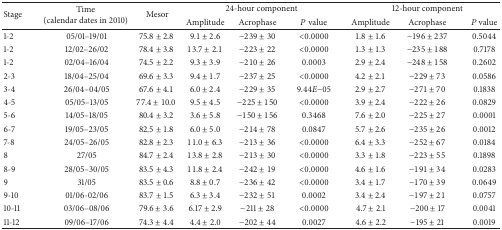
<table><thead><tr><td rowspan="2"><b>Stage</b></td><td rowspan="2"><b>Time (calendar dates in 2010)</b></td><td rowspan="2"><b>Mesor</b></td><td colspan="3"><b>24-hour component</b></td><td colspan="3"><b>12-hour component</b></td></tr><tr><td><b>Amplitude</b></td><td><b>Acrophase</b></td><td><b><i>P</i> value</b></td><td><b>Amplitude</b></td><td><b>Acrophase</b></td><td><b><i>P</i> value</b></td></tr></thead><tbody><tr><td>1-2 </td><td>05/01–19/01</td><td>75.8 ± 2.8</td><td>9.1 ± 2.6</td><td>−239 ± 30</td><td>&lt;0.0000 </td><td>1.8 ± 1.6</td><td>−196 ± 237</td><td>0.5044</td></tr><tr><td>1-2 </td><td>12/02–26/02</td><td>78.4 ± 3.8</td><td>13.7 ± 2.1</td><td>−223 ± 22</td><td>&lt;0.0000 </td><td>1.3 ± 1.3</td><td>−235 ± 188</td><td>0.7178</td></tr><tr><td>1-2 </td><td>02/04–16/04</td><td>74.5 ± 2.2</td><td>9.3 ± 3.9</td><td>−210 ± 26</td><td>0.0003</td><td>2.9 ± 2.4</td><td>−248 ± 158</td><td>0.2602</td></tr><tr><td>2-3 </td><td>18/04–25/04</td><td>69.6 ± 3.3</td><td>9.4 ± 1.7</td><td>−237 ± 25</td><td>&lt;0.0000 </td><td>4.2 ± 2.1</td><td>−229 ± 73</td><td>0.0586</td></tr><tr><td>3-4 </td><td>26/04–04/05</td><td>67.6 ± 4.1</td><td>6.0 ± 2.4</td><td>−229 ± 35</td><td>9.44<i>E</i>−05</td><td>2.9 ± 2.7</td><td>−271 ± 70</td><td>0.1838</td></tr><tr><td>4-5 </td><td>05/05–13/05</td><td>77.4 ± 10.0</td><td>9.5 ± 4.5</td><td>−225 ± 150</td><td>&lt;0.0000 </td><td>3.9 ± 2.4</td><td>−222 ± 26</td><td>0.0829</td></tr><tr><td>5-6 </td><td>14/05–18/05</td><td>80.4 ± 3.2</td><td>3.6 ± 5.8</td><td>−150 ± 156</td><td>0.3468</td><td>7.6 ± 2.0</td><td>−225 ± 27</td><td>0.0001</td></tr><tr><td>6-7 </td><td>19/05–23/05</td><td>82.5 ± 1.8</td><td>6.0 ± 5.0</td><td>−214 ± 78</td><td>0.0847</td><td>5.7 ± 2.6</td><td>−235 ± 26</td><td>0.0012</td></tr><tr><td>7-8 </td><td>24/05–26/05</td><td>82.8 ± 2.3</td><td>11.0 ± 6.3</td><td>−213 ± 36</td><td>&lt;0.0000 </td><td>6.4 ± 3.3</td><td>−252 ± 67</td><td>0.0184</td></tr><tr><td>8</td><td>27/05</td><td>84.7 ± 2.4</td><td>13.8 ± 2.8</td><td>−213 ± 30</td><td>&lt;0.0000 </td><td>3.3 ± 1.8</td><td>−223 ± 55</td><td>0.1898</td></tr><tr><td>8-9 </td><td>28/05–30/05</td><td>83.5 ± 4.3</td><td>11.8 ± 2.4</td><td>−242 ± 19</td><td>&lt;0.0000 </td><td>4.6 ± 1.6</td><td>−191 ± 34</td><td>0.0283</td></tr><tr><td>9</td><td>31/05</td><td>83.5 ± 0.6</td><td>8.8 ± 0.7</td><td>−236 ± 42</td><td>&lt;0.0000 </td><td>3.4 ± 1.7</td><td>−170 ± 39</td><td>0.0649</td></tr><tr><td>9-10 </td><td>01/06-02/06</td><td>83.7 ± 1.5</td><td>6.3 ± 3.4</td><td>−232 ± 51</td><td>0.0002</td><td>3.4 ± 2.4</td><td>−197 ± 21</td><td>0.0757</td></tr><tr><td>10-11 </td><td>03/06–08/06</td><td>79.6 ± 3.6</td><td>6.17 ± 2.9</td><td>−211 ± 28</td><td>&lt;0.0000</td><td>4.7 ± 2.1</td><td>−200 ± 17</td><td>0.0041</td></tr><tr><td>11-12 </td><td>09/06–17/06</td><td>74.3 ± 4.4</td><td>4.4 ± 2.0</td><td>−202 ± 44</td><td>0.0027</td><td>4.6 ± 2.2</td><td>−195 ± 21</td><td>0.0019</td></tr></tbody></table>